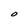
Character: O